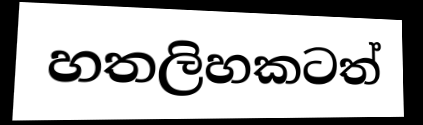
හතලිහකටත්